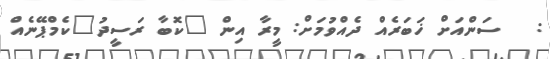
:   ސަންއަށް ޚަބަރެއް ދެއްވުމަށް: މީރާ އިން "ކޮބާ ރަސީދު"ކެމްޕޭނެއް